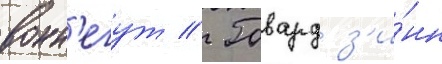
вонн'егут // Говард з'и́нн